Vaccination in Bombay 1889-1901 - 1889-1901
Year: 1889
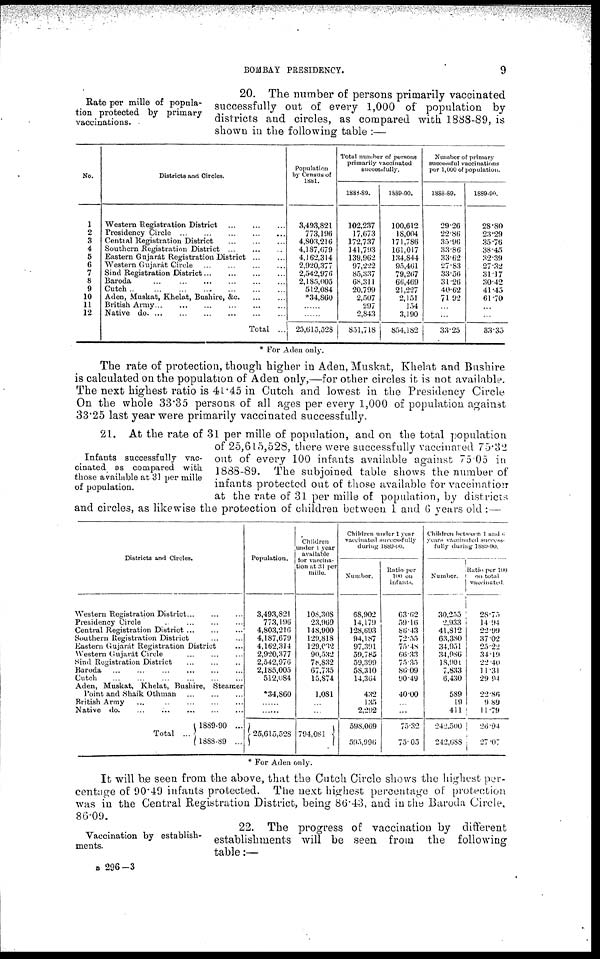
BOMBAY PRESIDENCY.
9
Rate per mille of popula-
tion protected by primary
vaccinations.
20. The number of persons primarily vaccinated
successfully out of every 1,000 of population by
districts and circles, as compared with 1888-89, is
shown in the following table :—
No.
1
2
3
4
5
6
7
8
9
10
11
12
Districts and Circles.
Western Registration District
...
...
...
Presidency Circle ...
...
...
...
...
Central Registration District
...
...
...
Southern Registration District ... ... ...
Eastern Gujarát Registration District
...
...
Western Gujarát Circle ... ... ... ...
Sind Registration District
...
...
...
...
Baroda
... ... ... ... ... ...
Cutch
...
...
...
...
...
...
...
Aden, Muskat, Khelat, Bushire,
&c. ... ...
British
Army...
...
...
...
...
...
Native
do. ... ... ... ... ... ...
Total ...
Population
by Census of
1881.
3,493,821
773,196
4,803,216
4,187,679
4,162,314
2,920,377
2,542,976
2,185,005
512,084
*34,860
......
......
25,615,528
Total number of persons
primarily vaccinated
successfully.
1888-89.
102,237
17,673
172,737
141,793
139,962
97,222
85,337
68,311
20,799
2,507
297
2,843
851,718
1889-90.
100,612
18,004
171,786
161,017
134,844
95,461
79,267
66,469
21,227
2,151
154
3,190
854,182
Number of primary
successful vaccinations
per 1,000 of population.
1888-89.
29.26
22.86
35.96
33.86
33.62
27.83
33.56
31.26
40.62
71.92
...
...
33.25
1889-90.
28.80
23.29
35.76
38.45
32.39
27.32
31.17
30.42
41.45
61.70
...
...
33.35
* For Aden only.
The rate of protection, though higher in Aden, Muskat, Khelat and Bushire
is calculated on the population of Aden only,—for other circles it is not available.
The next highest ratio is 41.45 in Cutch and lowest in the Presidency Circle
On the whole 33.35 persons of all ages per every 1,000 of population against
33.25 last year were primarily vaccinated successfully.
Infants successfully vac-
cinated as compared with
those available at 31 per mille
of population.
21. At the rate of 31 per mille of population, and on the total population
of 25,615,528, there were successfully vaccinated 75.32
out of every 100 infants available against 75.05 in
1888-89. The subjoined table shows the number of
infants protected out of those available for vaccination
at the rate of 31 per mille of population, by districts
and circles, as likewise the protection of children between 1 and 6 years old :—
Districts and Circles.
Western Registration
District...
...
...
Presidency Circle ... ... ... ...
Central Registration
District...
...
...
Southern Registration District ... ...
Eastern Gujarát Registration District ...
Western Gujarát Circle ... ... ...
Sind Registration District
...
...
...
Baroda ...
...
... ... ... ...
Cutch ... ... ... ... ... ...
Aden, Muskat, Khelat, Bushire, Steamer
Point and Shaik Othman ... ... ...
British Army ... ... ... ... ...
Native do. ... ... ... ... ...
Total ...
1889-90 ...
1888-89 ...
Population.
3,493,821
773,196
4,803,216
4,187,679
4,162,314
2,920,377
2,542,976
2,185,005
512,084
*34,860
......
......
25,615,528
Children
under 1 year
available
for vaccina-
tion at 31 per
mille.
108,308
23,969
148,900
129,818
129,032
90,532
78,832
67,735
15,874
1,081
...
...
794,081
Children under 1 year
vaccinated successfully
during
1889-90.
Number.
68,902
14,179
128,693
94,187
97,391
59,785
59,399
58,310
14,364
432
135
2,292
598,069
595,996
Ratio per
100 on
infants.
63.62
59.16
86.43
72.55
75.48
66.33
75.35
86.09
90.49
40.00
...
...
75.32
75.05
Children between 1 and 6
years vaccinated success-
fully during 1889-90.
Number.
30,255
2,933
4l,812
63,380
34,951
34,986
18,901
7,833
6,430
589
19
411
242.500
242,688
Ratio per 100
on total
vaccinated.
28.75
14.94
22.99
37.02
25.22
34.19
22.40
11.31
29.94
22.86
9.89
11.79
26.94
27.07
*For Aden only.
It will be seen from the above, that the Cutch Circle shows the highest per-
centage of 90.49 infants protected. The next highest percentage of protection
was in the Central Registration District, being 86.43, and in the Baroda Circle,
86.09.
Vaccination by establish-
ments.
22. The progress of vaccination by different
establishments will be seen from the
following
table:—
B 296—3